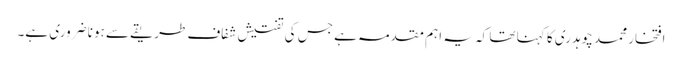
افتخار محمد چوہدری کا کہنا تھا کہ یہ اہم مقدمہ ہے جس کی تفتیش شفاف طریقے سے ہونا ضروری ہے۔